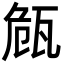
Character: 𭺠